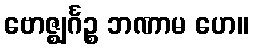
ဗောဇ္ဈင်္ဂဉ္စ ဘဏာမ ဟေ။